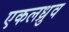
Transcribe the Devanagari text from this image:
एकलध्रुव